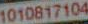
1010817104